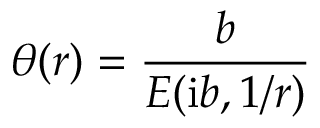
\theta ( r ) = { \frac { b } { E ( { \mathrm i } b , 1 / r ) } }